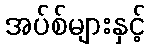
အပ်စ်များနှင့်